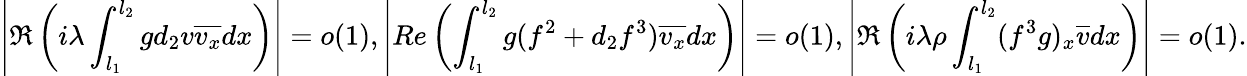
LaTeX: \left|\Re\left(i{\lambda}\int_{l_{1}}^{l_{2}}gd_{2}v\overline{{v_{x}}}dx\right)\right|=o(1),\left|Re\left(\int_{l_{1}}^{l_{2}}g(f^{2}+d_{2}f^{3})\overline{{v_{x}}}dx\right)\right|=o(1),\left|\Re\left(i{\lambda}\rho\int_{l_{1}}^{l_{2}}(f^{3}g)_{x}\overline{{v}}dx\right)\right|=o(1).